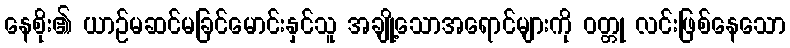
နေစိုး၏ ယာဉ်မဆင်မခြင်မောင်းနှင်သူ အချို့သောအရောင်များကို ဝတ္တု လင်းဖြစ်နေသော